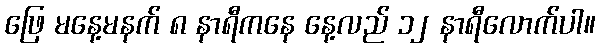
ဖြေ မနေ့မနက် ၈ နာရီကနေ နေ့လည် ၁၂ နာရီလောက်ပါ။